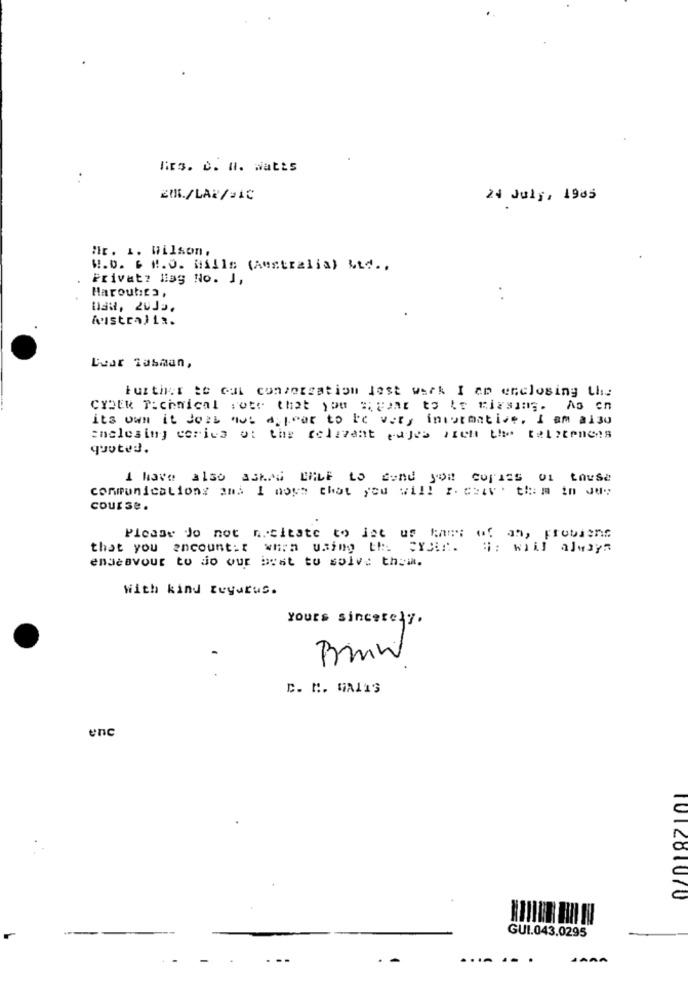
Mrs. c. H. watts
206/LAR/*1C
24 July, 1905
Mr. 1. Wilson.
W.D. E N.O. Hills (Australia) Med ..
Privat? lag No. J,
Haroutica,
Astralis.
Lear lasman,
Further te cut conversation Jest werk I ap enclosing the
CYBER T:chmical rote that you " year to te tigsing. As cn
its own it does not appear to be very informative. I am also
enclosing corica of the colzvant edjes steht the tel?tences
quoted.
I have also a3KMG ERLE Lo cond yon copies of touse
communications and I noys that you will z. czav. them in Ju:
course.
Please do not n.citate to let us tam;
of an, probsenc
that you encounter when using the PYAr. HE will always
endeavour to do our best to solve thei.
With kind tuyarus.
Yours sincerely.
Bmw
C. M. MALIG
enc
101281070
GUI.043.0295